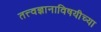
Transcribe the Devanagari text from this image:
तत्त्वज्ञानाविषयीच्या